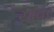
ચાવર